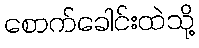
စောက်ခေါင်းထဲသို့